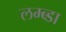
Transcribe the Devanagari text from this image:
लम्ब्डा